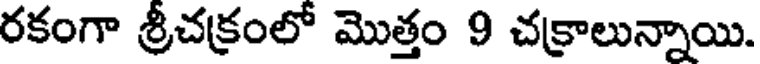
రకంగా శ్రీచక్రంలో మొత్తం 9 చక్రాలున్నాయి.